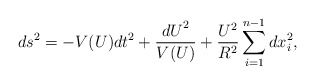
\begin{align*} {ds}^2=-V(U){dt}^2+\frac{{dU}^2}{V(U)}+\frac{U^2}{R^2} \sum_{i=1}^{n-1}{dx}_i^2,\end{align*}